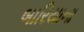
બારિયાના